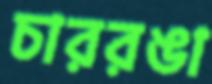
চাররঙা